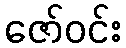
ဇော်ဝင်း